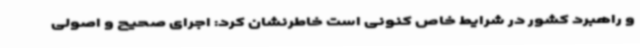
و راهبرد کشور در شرایط خاص کنونی است خاطرنشان کرد: اجرای صحیح و اصولی